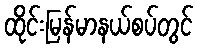
ထိုင်းမြန်မာနယ်စပ်တွင်